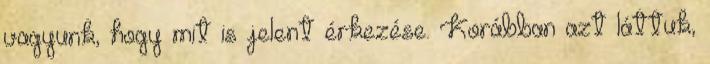
vagyunk, hogy mit is jelent érkezése. Korábban azt láttuk,